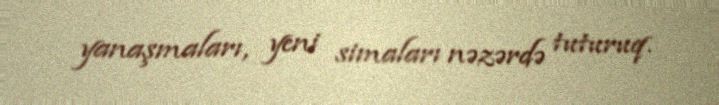
yanaşmaları, yeni simaları nəzərdə tuturuq.